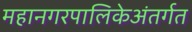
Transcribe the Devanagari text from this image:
महानगरपालिकेअंतर्गत